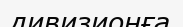
дивизионға